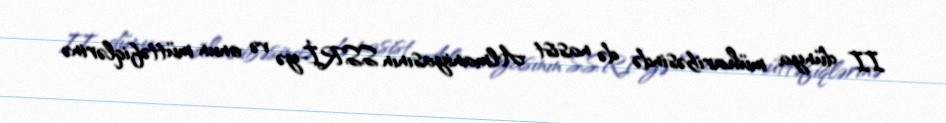
II dünya müharibəsində də nasist Almaniyasının SSRİ-yə və onun müttəfiqlərinə